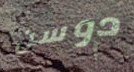
دوسن